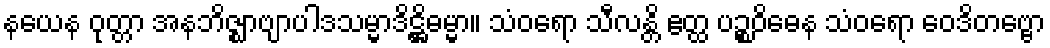
နယေန ဝုတ္တာ အနဘိဇ္ဈာဗျာပါဒသမ္မာဒိဋ္ဌိဓမ္မာ။ သံဝရော သီလန္တိ ဧတ္ထ ပဉ္စဝိဓေန သံဝရော ဝေဒိတဗ္ဗော